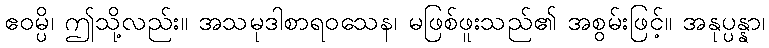
ဧဝမ္ပိ၊ ဤသို့လည်း။ အသမုဒါစာရဝသေန၊ မဖြစ်ဖူးသည်၏ အစွမ်းဖြင့်။ အနုပ္ပန္နာ၊